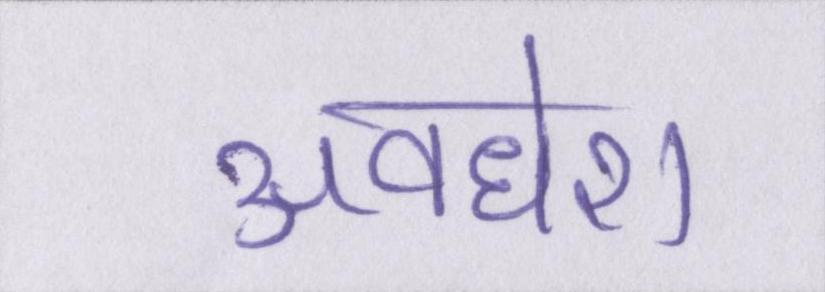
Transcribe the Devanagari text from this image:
अवधेश